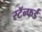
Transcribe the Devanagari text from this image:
स्टॅन्फर्ड